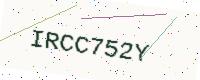
Text: IRCC752Y